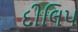
દીલિપ